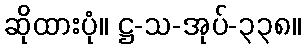
ဆိုထားပုံ။ ဋ္ဌ-သ-အုပ်-၃၃၈။